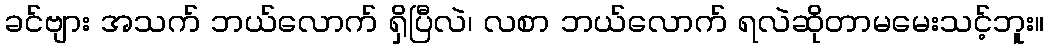
ခင်ဗျား အသက် ဘယ်လောက် ရှိပြီလဲ၊ လစာ ဘယ်လောက် ရလဲဆိုတာမမေးသင့်ဘူး။